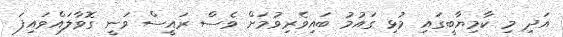
އަދި މި ކާމިޔާބީގައި މުޅި ގައުމު ބައިވެރިވުމަށް ވެސް ރައީސް ވަނީ ގޮވާލައްވައިފަ